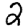
Digit: 2